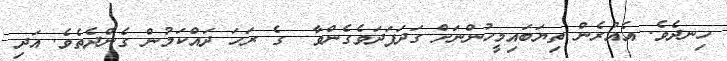
ހިނދެވެ. އެއުރެން ތިޔަބައިމީހުންނަށް ގަދަފަދަވެގެންވާ  ގެ ރަހަ ދައްކަމުން ގެންދެެތެވެ. އަދި